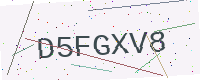
Text: D5FGXV8